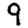
Digit: 9